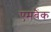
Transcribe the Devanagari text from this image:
एमबैंक